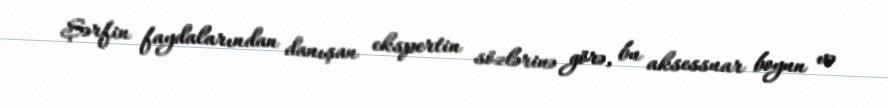
Şərfin faydalarından danışan ekspertin sözlərinə görə, bu aksessuar boyun və